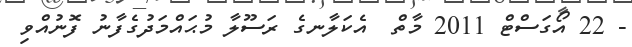
- 22 އޯގަސްޓް 2011 މާތް  އެކަލާނގެ ރަސޫލާ މުޙައްމަދުގެފާނު ފޮނުއްވި